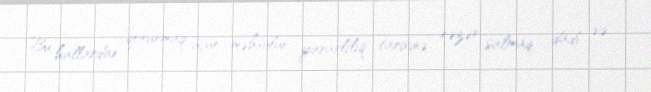
Bu hallardan qorunmaq üçün məhsulun yararlılıq tarixinə nəzər salmaq, dadı və